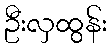
ဦးလှထွန်း